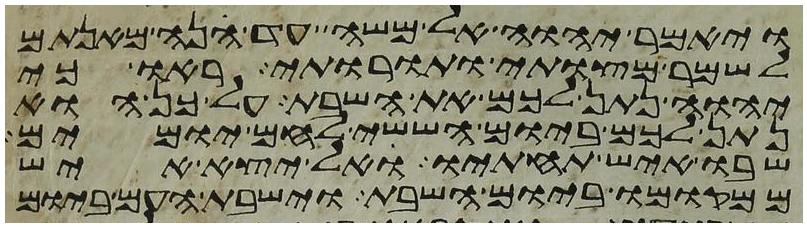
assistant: ויאמר יהוה אל משה עד הנה מאנתם
לשמר מצותי ותורותי ראו כי
יהוה נתן לכם את השבת על כן הוא
נתן לכם ביום הששי לחם יומים
שבו איש תחתיו אל יצא איש
ממקומו ביום השבת וישבת העם ביום